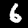
Digit: 6